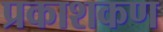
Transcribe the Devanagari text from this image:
प्रकाशकण